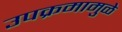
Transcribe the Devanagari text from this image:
उपक्रमामुळे